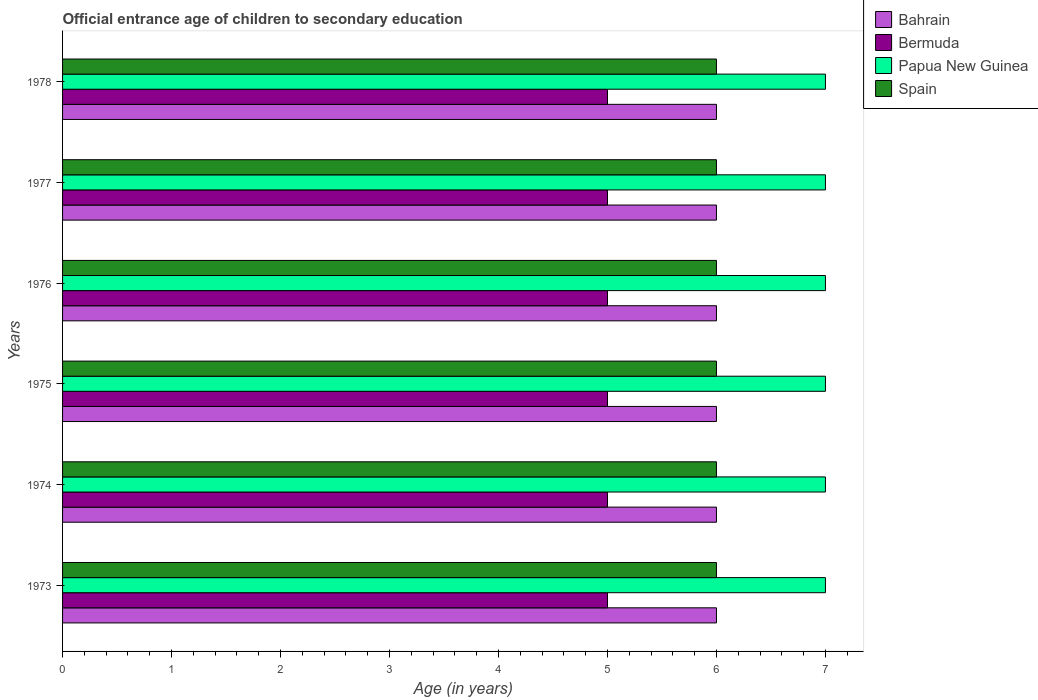
| Years | Bahrain | Bermuda | Papua New Guinea | Spain |
 | --- | --- | --- | --- | --- |
 | 1973 | 6 | 5 | 7 | 6 |
 | 1974 | 6 | 5 | 7 | 6 |
 | 1975 | 6 | 5 | 7 | 6 |
 | 1976 | 6 | 5 | 7 | 6 |
 | 1977 | 6 | 5 | 7 | 6 |
 | 1978 | 6 | 5 | 7 | 6 |